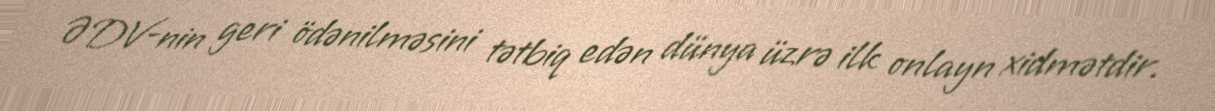
ƏDV-nin geri ödənilməsini tətbiq edən dünya üzrə ilk onlayn xidmətdir.